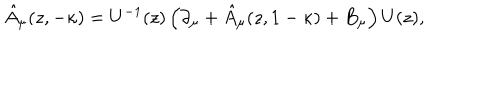
\hat { A } _ { \mu } ( z , - \kappa ) = U ^ { - 1 } ( z ) \left( \partial _ { \mu } + \hat { A } _ { \mu } ( z , 1 - \kappa ) + B _ { \mu } \right) U ( z ) ,